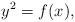
LaTeX: \begin{align*}y^2 =f(x),\end{align*}